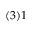
( 3 ) 1